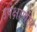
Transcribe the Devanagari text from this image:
उपेक्षाणीय